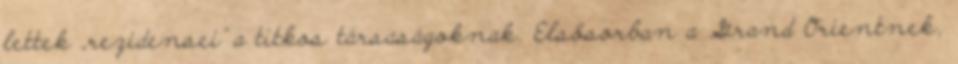
lettek „rezidensei” a titkos társa­ságoknak. Elsősorban a Grand Orientnek,